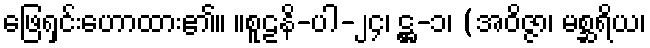
ဖြေရှင်းဟောထား၏။ ။စူဠနိ-ပါ-၂၄၊ ဋ္ဌ-၁၊ (အဝိဇ္ဇာ၊ မစ္ဆရိယ၊